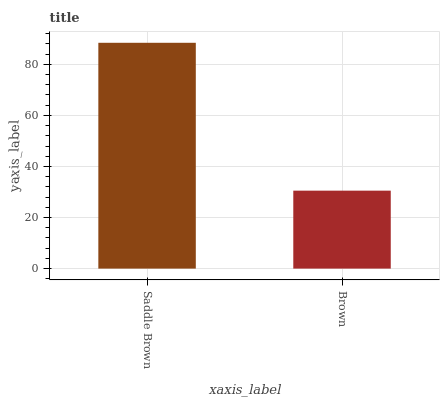
| xaxis_label | bars |
 | --- | --- |
 | Saddle Brown | 88.4 |
 | Brown | 30.5 |